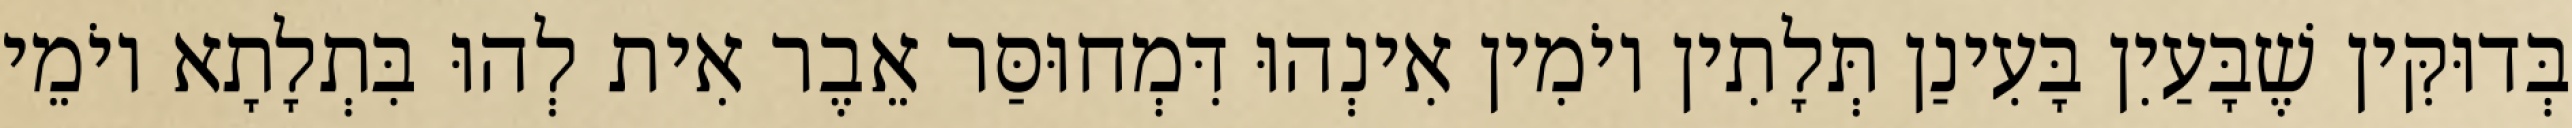
בְּדוּקִּין שֶׁבָּעַיִן בָּעִינַן תְּלָתִין יוֹמִין אִינְהוּ דִּמְחוּסַּר אֵבֶר אִית לְהוּ בִּתְלָתָא יוֹמֵי